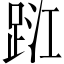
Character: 𨀹